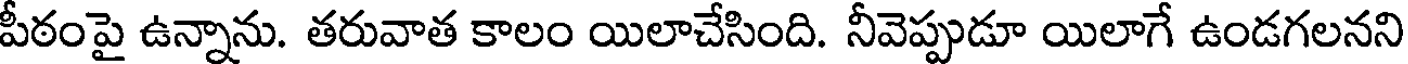
పీఠంపై ఉన్నాను. తరువాత కాలం యిలాచేసింది. నీవెప్పుడూ యిలాగే ఉండగలనని